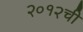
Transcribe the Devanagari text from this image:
२०१२ची